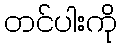
တင်ပါးကို